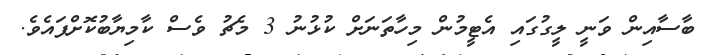
ބާސާއިން ވަނީ ލީގުގައި އެޓީމުން މިހާތަނަށް ކުޅުނު 3 މެޗު ވެސް ކާމިޔާބުކޮށްފައެވެ.